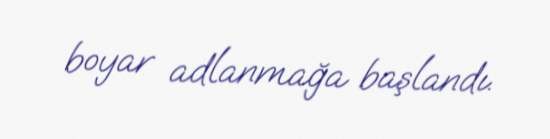
boyar adlanmağa başlandı.